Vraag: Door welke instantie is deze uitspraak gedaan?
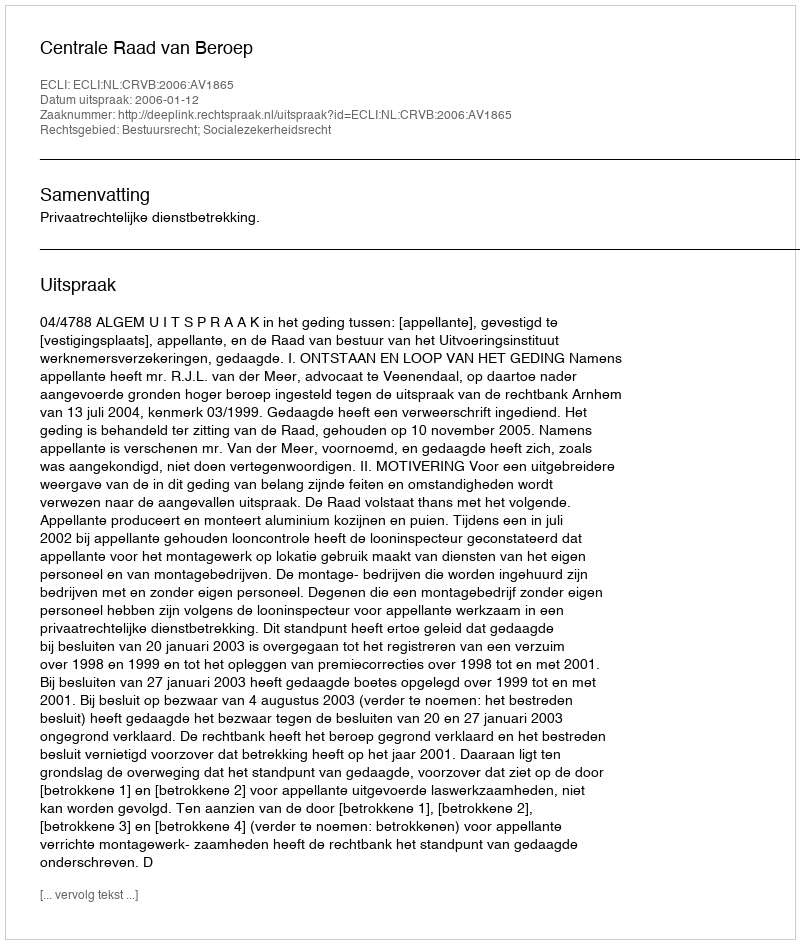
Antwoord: Centrale Raad van Beroep